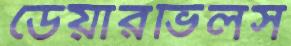
ডেয়ারভিলস